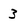
Character: 3